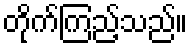
တိုက်ကြည့်သည်။